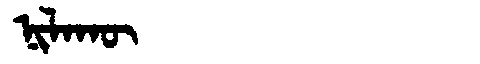
Manchu: ᠨᡳᠯᠠᡴᡡ
Romanization: NILAKŪ